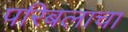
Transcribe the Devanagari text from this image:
परिबलाचा